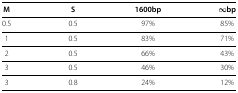
| M | S | 1600bp | ∞bp |
 | --- | --- | --- | --- |
 | 0.5 | 0.5 | 97% | 85% |
 | 1 | 0.5 | 83% | 71% |
 | 2 | 0.5 | 66% | 43% |
 | 3 | 0.5 | 46% | 30% |
 | 3 | 0.8 | 24% | 12% |